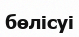
бөлісуі